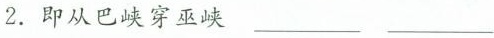
2.即从巴峡穿巫峡___ ___